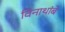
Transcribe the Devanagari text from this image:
विनाथांबे